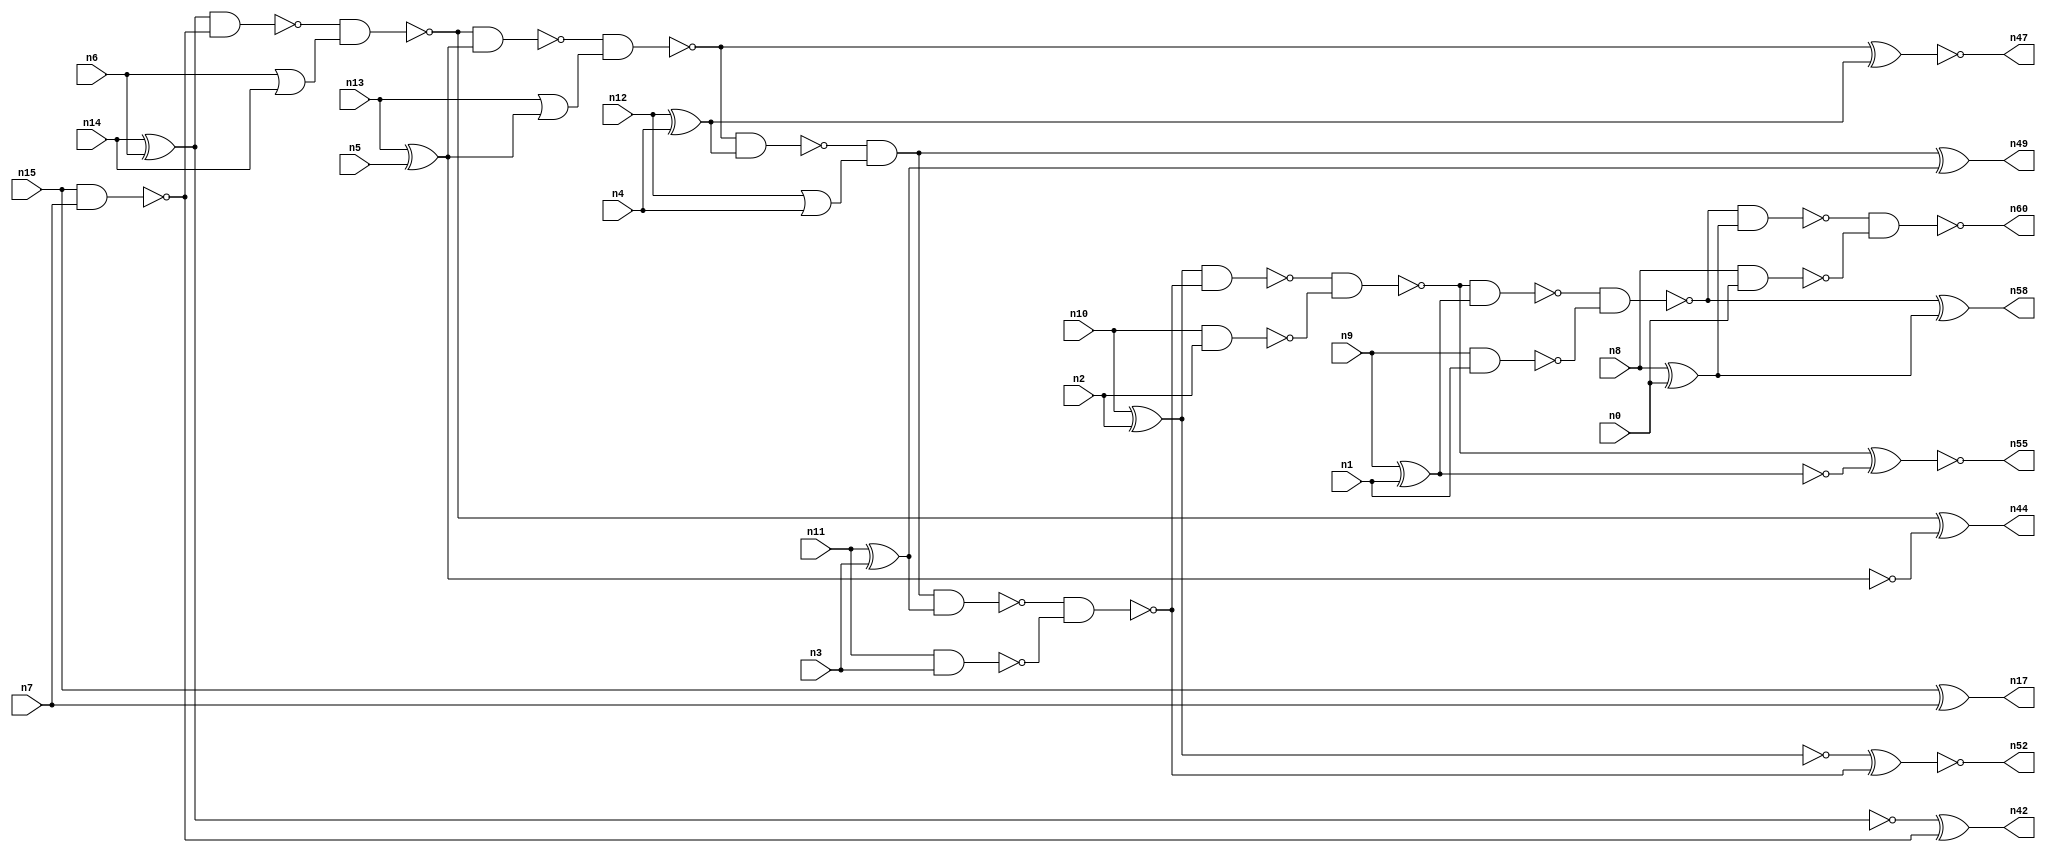
// This program was cloned from: https://github.com/umar-afzaal/ReCkt
// License: MIT License

// This file contains a pareto-optimal circuit with respect to pdp and the fault-resilince parameter p_fault which is defined as:
// "For all input vectors, the ratio of the no. of faults observable at the POs to the no. of total possible faults in the circuit".
// This code is part of the ReCkt library (https://github.com/umar-afzaal/ReCkt) distributed under The MIT License.
// When used, please cite the following article(s):
// U. Afzaal, A.S. Hassan, M. Usman and J.A. Lee, "On the Evolutionary Synthesis of Increased Fault-resilience Arithmetic Circuits".

// p_fault = 92.9 %    (Lower is better)
// gates = 44.0
// levels = 15
// area = 58.96    (For MCNC library relative to nand2)
// power = 245.8 uW    (Berkely-SIS for MCNC library @ Vdd=5V and 20 MHz clock)
// delay = 16.8 ns    (Berkely-ABC for MCNC library)
// PDP = 4.12944e-12 J

// Pin mapping:
// {n0, n1, n2, n3, n4, n5, n6, n7} = A[7:0]
// {n8, n9, n10, n11, n12, n13, n14, n15} = B[7:0]
// {n60, n58, n55, n52, n49, n47, n44, n42, n17} = O[8:0]

module addr8u_pdp_1 (
n0, n1, n2, n3, n4, n5, n6, n7, n8, n9, n10, n11, n12, n13, n14, n15, 
n60, n58, n55, n52, n49, n47, n44, n42, n17
);

input n0, n1, n2, n3, n4, n5, n6, n7, n8, n9, n10, n11, n12, n13, n14, n15;
output n60, n58, n55, n52, n49, n47, n44, n42, n17;
wire n30, n24, n46, n18, n59, n51, n45, n36, n20, n37, n56, n23, n16, n53, n40, n48, n21, n41, n54, n27, 
n33, n28, n22, n38, n39, n57, n31, n19, n34, n32, n26, n50, n43, n29, n35;

nand (n16, n8, n0);
xor (n17, n15, n7);
nor (n18, n6, n14);
nand (n19, n9, n1);
nand (n20, n10, n2);
xor (n21, n13, n5);
xor (n22, n14, n6);
nand (n23, n11, n3);
or (n24, n12, n4);
nand (n26, n15, n7);
or (n27, n13, n21);
xor (n28, n12, n4);
xor (n29, n11, n3);
xnor (n30, n9, n1);
xor (n31, n10, n2);
xor (n32, n8, n0);
or (n33, n28, n28);
nand (n34, n18, n18);
nand (n35, n22, n26);
nand (n36, n31, n31);
nand (n37, n30, n30);
nand (n38, n21, n21);
nand (n39, n22, n22);
nand (n40, n37, n37);
nand (n41, n35, n34);
xor (n42, n39, n26);
nand (n43, n41, n21);
xor (n44, n41, n38);
nand (n45, n43, n27);
nand (n46, n45, n28);
xnor (n47, n45, n33);
and (n48, n46, n24);
xor (n49, n48, n29);
nand (n50, n48, n29);
nand (n51, n50, n23);
xnor (n52, n36, n51);
nand (n53, n31, n51);
nand (n54, n53, n20);
xnor (n55, n54, n40);
nand (n56, n54, n37);
nand (n57, n56, n19);
xor (n58, n57, n32);
nand (n59, n57, n32);
nand (n60, n59, n16);

endmodule